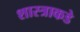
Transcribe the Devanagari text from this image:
शास्त्राकडे